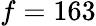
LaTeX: f=163